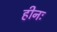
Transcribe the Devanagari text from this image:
हीनः